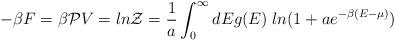
LaTeX: \begin{align*}- \beta F = \beta {\cal P} V = ln {\cal Z} = \frac{1}{a} \int_0^\infty d E g(E) \; ln (1 + a e^{- \beta (E - \mu)})\end{align*}